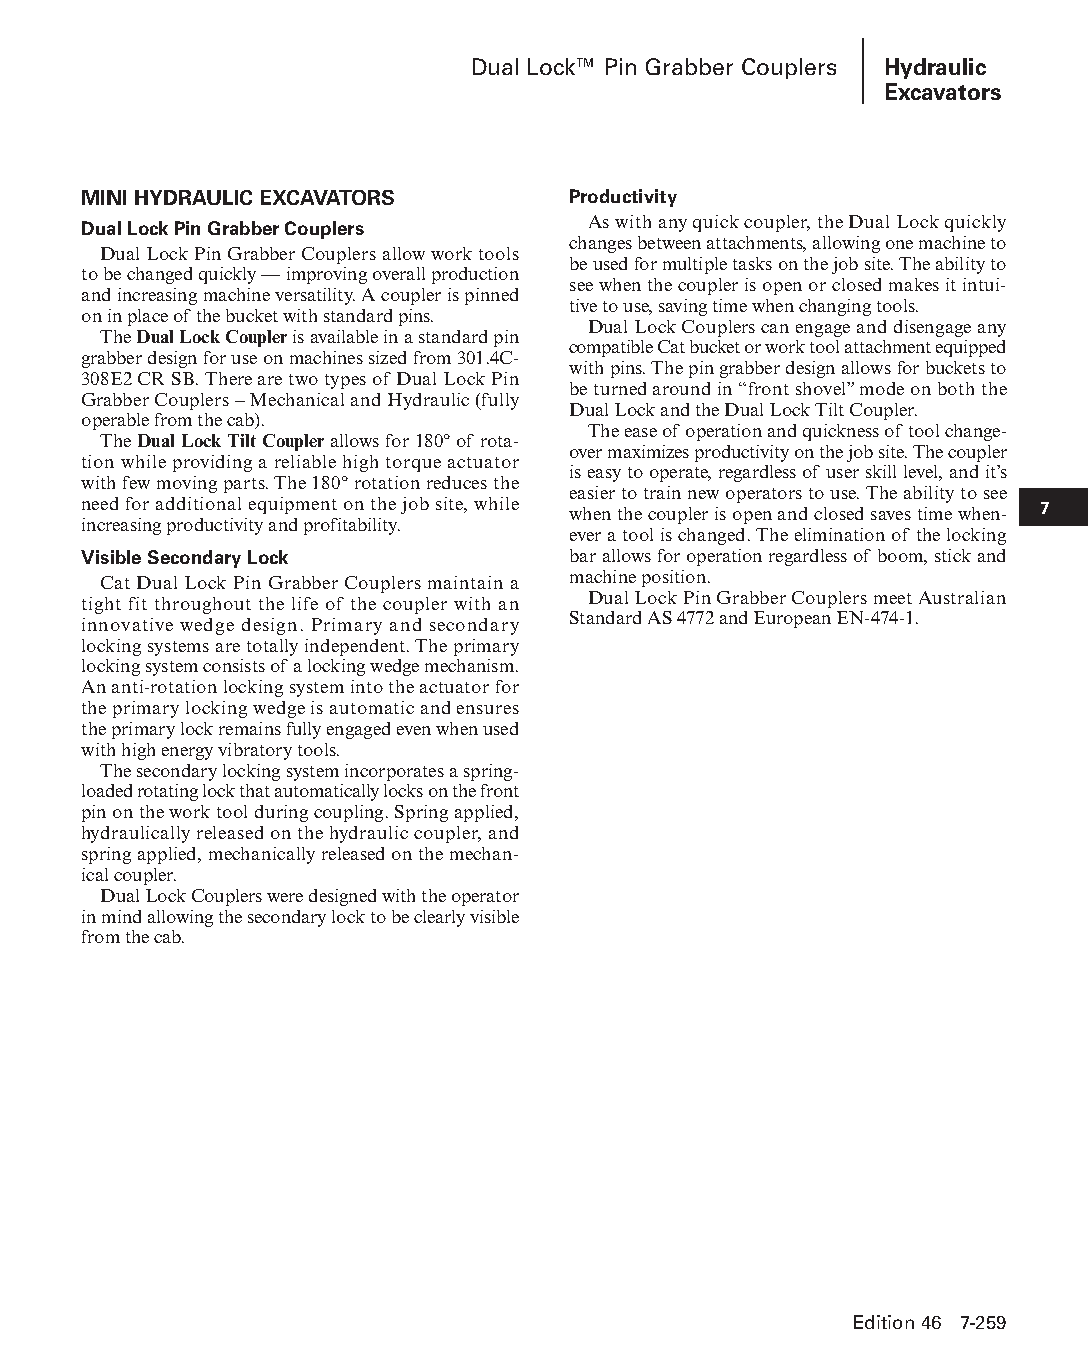
Dual Lock™ Pin Grabber Couplers Hydraulic
 Excavators
 MINI HYDRAULIC EXCAVATORS       Productivity
 Dual Lock Pin Grabber Couplers   As with any quick coupler, the Dual Lock quickly
 changes between attachments, allowing one machine to
 Dual Lock Pin Grabber Couplers allow work tools
 be used for multiple tasks on the job site. The ability to
 to be changed quickly — improving overall production
 see when the coupler is open or closed makes it intui-
 and increasing machine versatility. A coupler is pinned
 tive to use, saving time when changing tools.
 on in place of the bucket with standard pins.
 Dual Lock Couplers can engage and disengage any
 The Dual Lock Coupler is available in a standard pin
 compatible Cat bucket or work tool attachment equipped
 grabber design for use on machines sized from 301.4C-
 with pins. The pin grabber design allows for buckets to
 308E2 CR SB. There are two types of Dual Lock Pin
 be turned around in “front shovel” mode on both the
 Grabber Couplers – Mechanical and Hydraulic (fully
 Dual Lock and the Dual Lock Tilt Coupler.
 operable from the cab).
 The ease of operation and quickness of tool change-
 The Dual Lock Tilt Coupler allows for 180° of rota-
 over maximizes productivity on the job site. The coupler
 tion while providing a reliable high torque actuator
 is easy to operate, regardless of user skill level, and it’s
 with few moving parts. The 180° rotation reduces the
 easier to train new operators to use. The ability to see
 need for additional equipment on the job site, while when the coupler is open and closed saves time when- 7
 increasing productivity and profitability.
 ever a tool is changed. The elimination of the locking
 Visible Secondary Lock          bar allows for operation regardless of boom, stick and
 machine position.
 Cat Dual Lock Pin Grabber Couplers maintain a
 Dual Lock Pin Grabber Couplers meet Australian
 tight fit throughout the life of the coupler with an
 Standard AS 4772 and European EN-474-1.
 inno vative wedge design. Primary and secondary
 locking systems are totally independent. The primary
 locking system consists of a locking wedge mechanism.
 An anti-rotation locking system into the actuator for
 the primary locking wedge is automatic and ensures
 the primary lock remains fully engaged even when used
 with high energy vibratory tools.
 The secondary locking system incorporates a spring-
 loaded rotating lock that automatically locks on the front
 pin on the work tool during coupling. Spring applied,
 hydraulically released on the hydraulic coupler, and
 spring applied, mechanically released on the mechan-
 ical coupler.
 Dual Lock Couplers were designed with the operator
 in mind allowing the secondary lock to be clearly visible
 from the cab.
 Edition 46 7-259
 PPHHBB--SSeecc0077--HHyyddrraauulliiccEExxccaavvaattoorrss((ppgg224433--229944))..iinndddd 225599 1122//44//1155 1100::3377 AAMM